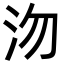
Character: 沕